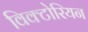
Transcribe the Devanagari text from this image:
विक्‍टोरियन